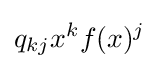
q_{kj}x^{k}f(x)^{j}